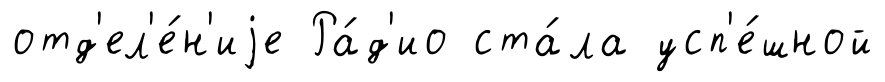
отд'ел'е́н'иjе Ра́д'ио ста́ла усп'е́шной